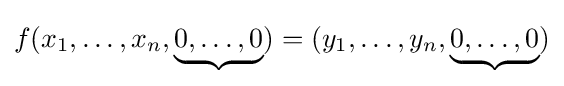
f(x_{1},\ldots ,x_{n},\underbrace {0,\dots ,0} )=(y_{1},\ldots ,y_{n},\underbrace {0,\ldots ,0} )